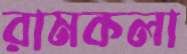
রামকলা